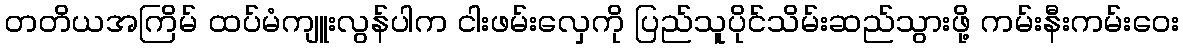
တတိယအကြိမ် ထပ်မံကျူးလွန်ပါက ငါးဖမ်းလှေကို ပြည်သူပိုင်သိမ်းဆည်သွားဖို့ ကမ်းနီးကမ်းဝေး